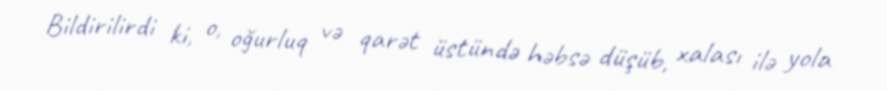
Bildirilirdi ki, o, oğurluq və qarət üstündə həbsə düşüb, xalası ilə yola